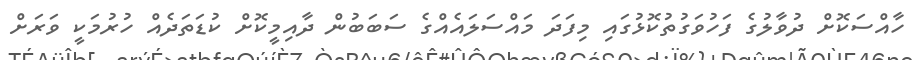
ހާއްސަކޮށް ދުވާލުގެ ފަހުވަގުތުކޮޅުގައި މިފަދަ މައްސަލައެއްގެ ސަބަބުން ދާއިމީކޮށް ކުޑަތަދެއް ހުރުމަކީ ވަރަށް